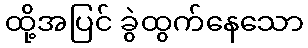
ထို့အပြင် ခွဲထွက်နေသော